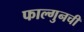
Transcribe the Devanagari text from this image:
फाल्गुनची